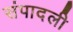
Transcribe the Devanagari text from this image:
संपादली